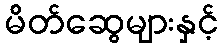
မိတ်ဆွေများနှင့်